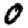
Digit: 0